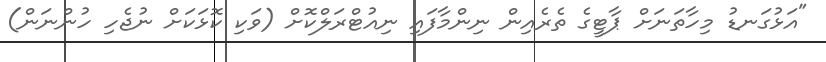
"އަޅުގަނޑު މިހާތަނަށް ޕާޓީގެ ތެރެއިން ނިންމާފައި ނިއުޓްރަލްކޮށް (ވަކި ކޮޅަކަށް ނުޖެހި ހުންނަން)